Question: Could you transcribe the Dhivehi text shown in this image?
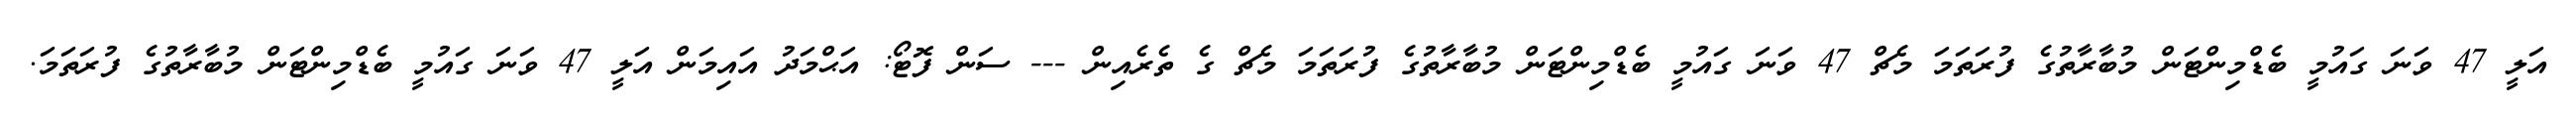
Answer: އަލީ 47 ވަނަ ގައުމީ ބެޑްމިންޓަން މުބާރާތުގެ ފުރަތަމަ މެޗް 47 ވަނަ ގައުމީ ބެޑްމިންޓަން މުބާރާތުގެ ފުރަތަމަ މެޗް ގެ ތެރެއިން --- ސަން ފޮޓޯ: އަޙްމަދު އައިމަން އަލީ 47 ވަނަ ގައުމީ ބެޑްމިންޓަން މުބާރާތުގެ ފުރަތަމަ.